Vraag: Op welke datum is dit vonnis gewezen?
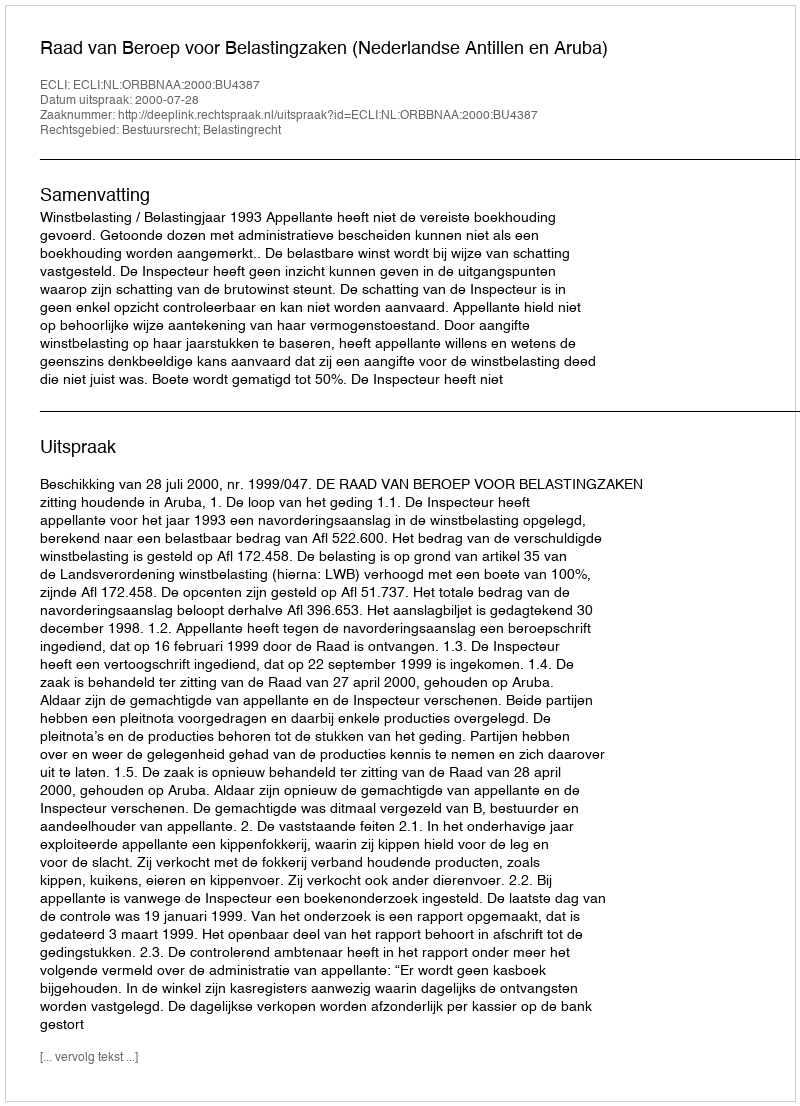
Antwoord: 2000-07-28